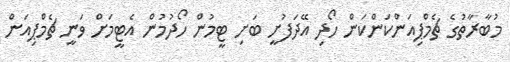
މުބާރާތުގެ ޗެމްޕިއަންކަންކަން ހޯދި އޭދަފުށީ ބަށި ޓީމުން ހޯދުމުން އެޓީމަށް ވަނީ ޗެމްޕިއަން